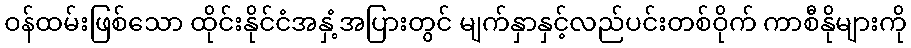
ဝန်ထမ်းဖြစ်သော ထိုင်းနိုင်ငံအနှံ့အပြားတွင် မျက်နှာနှင့်လည်ပင်းတစ်ဝိုက် ကာစီနိုများကို